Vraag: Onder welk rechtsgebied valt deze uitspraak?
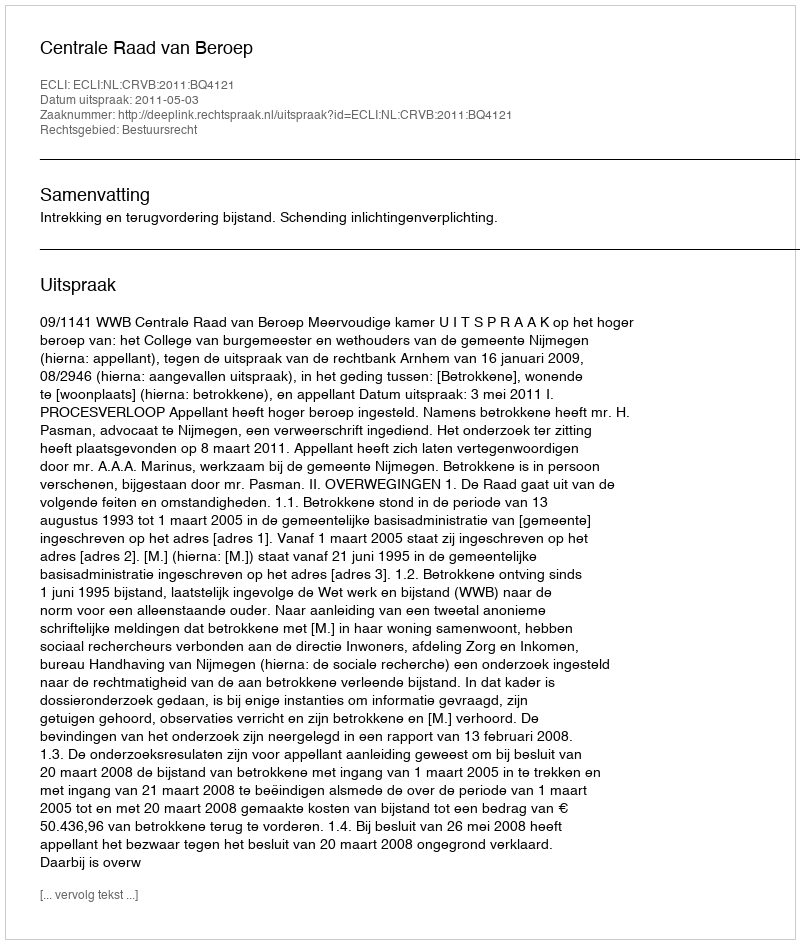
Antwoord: Bestuursrecht